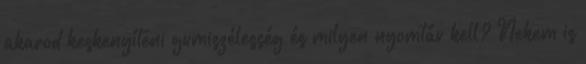
akarod keskenyíteni gumiszélesség és milyen nyomtáv kell? Nekem is